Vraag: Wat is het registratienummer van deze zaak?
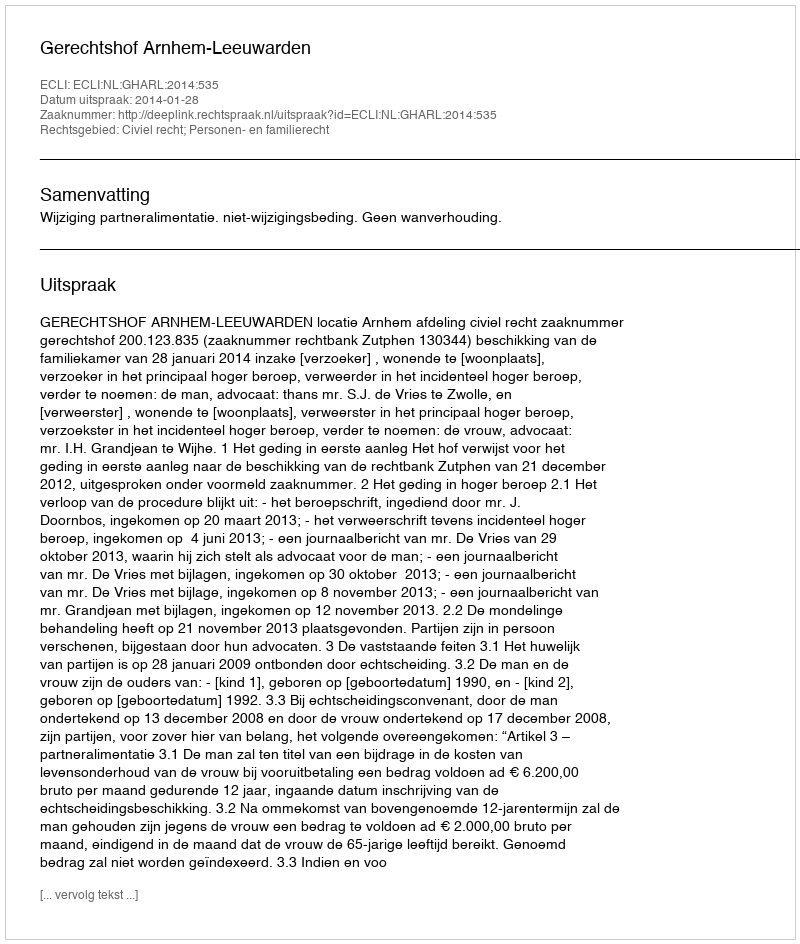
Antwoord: http://deeplink.rechtspraak.nl/uitspraak?id=ECLI:NL:GHARL:2014:535